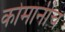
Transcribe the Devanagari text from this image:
कोमानीच